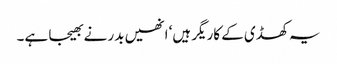
یہ کھڈی کے کاریگر ہیں‘ انھیں بدر نے بھیجا ہے۔